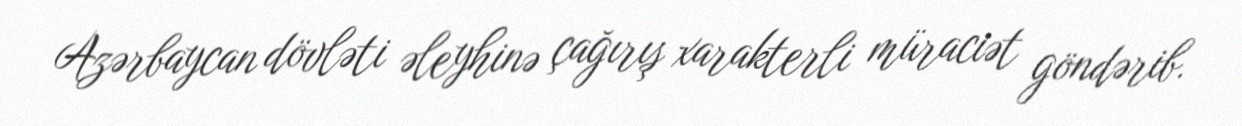
Azərbaycan dövləti əleyhinə çağırış xarakterli müraciət göndərib.